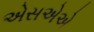
એસએએ